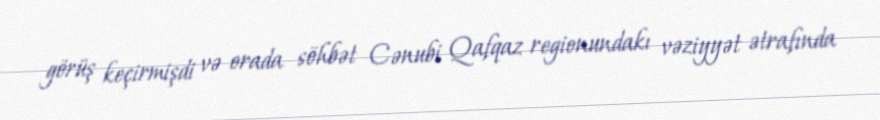
görüş keçirmişdi və orada söhbət Cənubi Qafqaz regionundakı vəziyyət ətrafında